画像に写った文字を読んでください
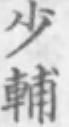
「少輔」と書いてあります